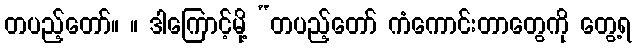
တပည့်တော်။ ။ ဒါကြောင့်မို့ “တပည့်တော် ကံကောင်းတာတွေကို တွေ့ရ